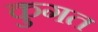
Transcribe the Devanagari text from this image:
कुगत